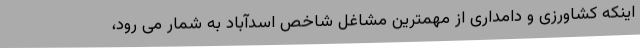
اینکه کشاورزی و دامداری از مهمترین مشاغل شاخص اسدآباد به شمار می رود،